Leningradi_Edasi_toimetus, lk 12
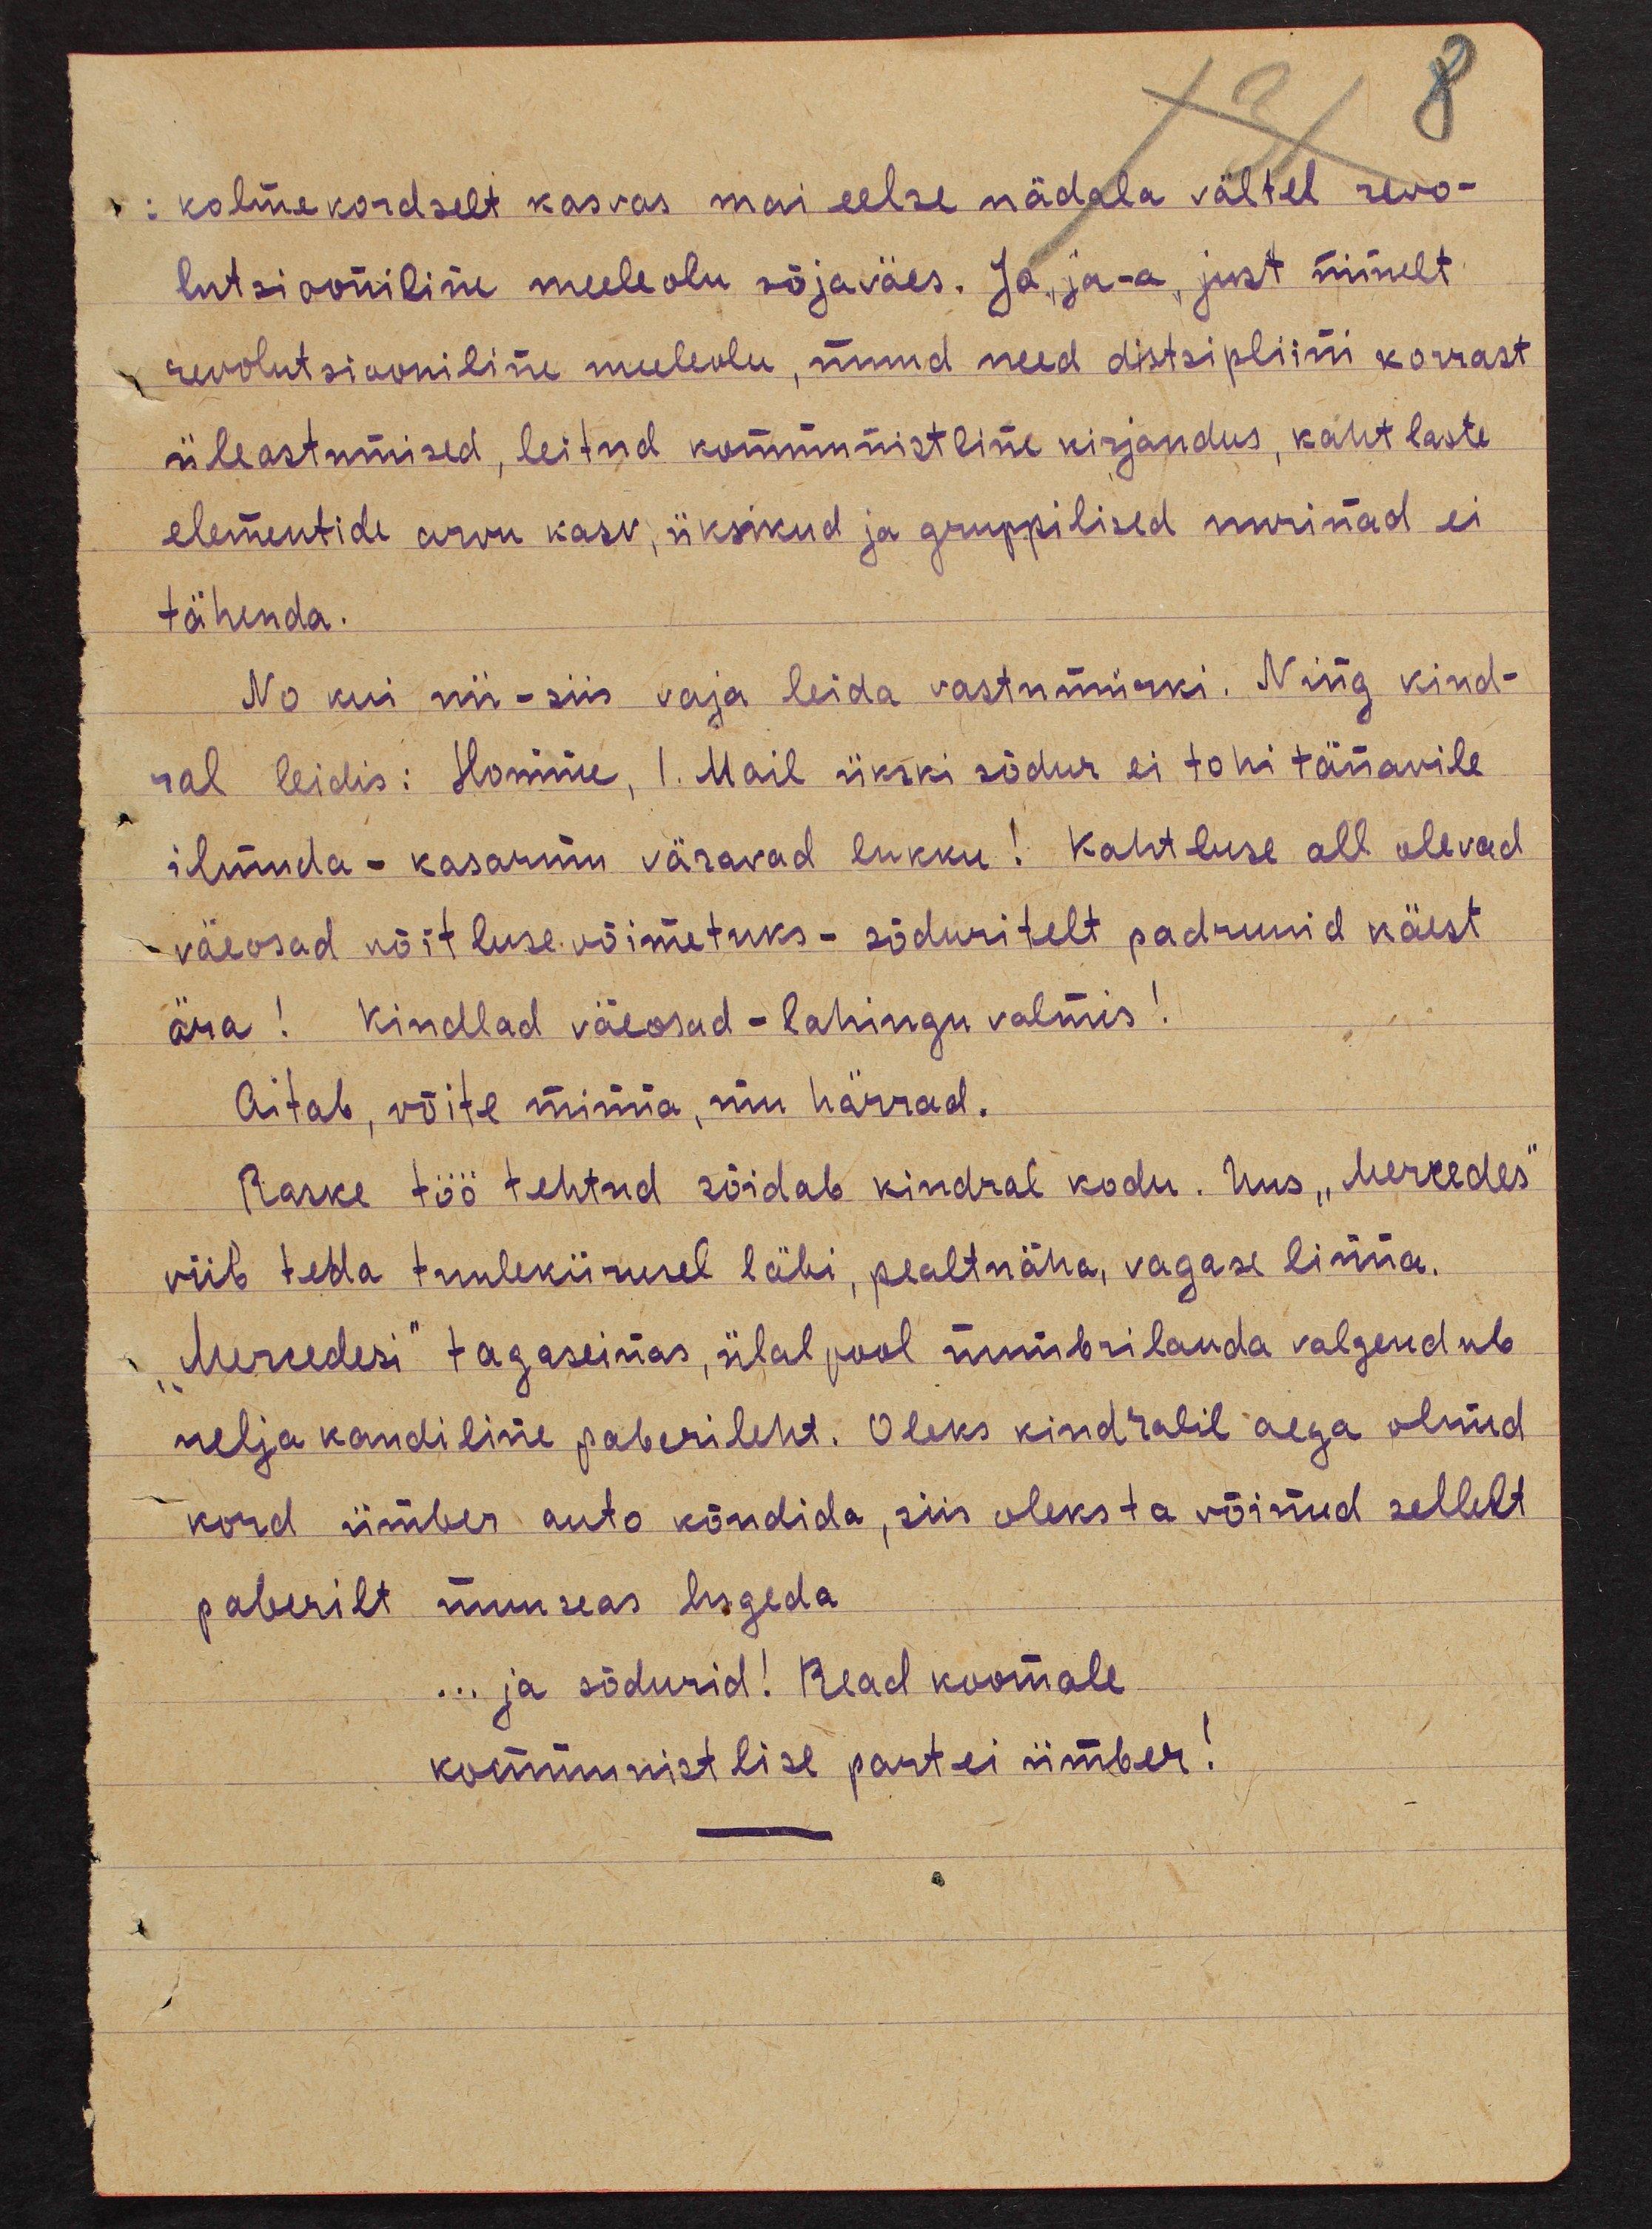
8

kolmekordselt kasvas mai eelse nädala vältel revo-
lutsiooniline meeleolu sõjaväes. Ja, ja - a, just nimelt
revolutsiooniline meeleolu, muud need distsipliini korrast
üleastumised, leitud kommunistline kirjandus, kahtlaste
elementide arvu kasv, üksikud ja gruppilised nurinad ei
tähenda.
No kui nii - siis vaja leida vastumürki. Ning kind-
ral leidis: Homme, 1. Mail ükski sõdur ei tohi tänavile
ilmuda - kasarmu väravad lukku! Kahtluse all olevad
väeosad võitlusevõimetuks - sõduritelt padrunid käest
ära! Kindlad väeosad - lahingu valmis!
Aitab, võite minna, mu härrad.
Raske töö tehtud sõidab kindral kodu. Uus "Mercedes"
viib teda tuulekiirusel läbi, pealtnäha, vagase linna.
"Mercedesi" tagaseinas, ülal pool numbrilauda valgendub
nelja kandiline paberileht. Oleks kindralil aega olnud
kord ümber auto kõndida, siis oleks ta võinud sellelt
paberilt muuseas lugeda
... ja sõdurid! Read koomale
kommunistlise partei ümber!